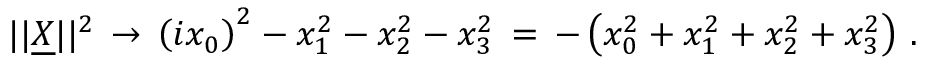
| | \underline { { { X } } } | | ^ { 2 } \, \to \, \left( i x _ { 0 } \right) ^ { 2 } - x _ { 1 } ^ { 2 } - x _ { 2 } ^ { 2 } - x _ { 3 } ^ { 2 } \, = \, - \left( x _ { 0 } ^ { 2 } + x _ { 1 } ^ { 2 } + x _ { 2 } ^ { 2 } + x _ { 3 } ^ { 2 } \right) \, .